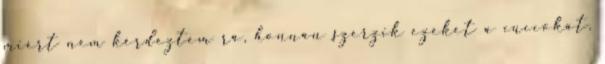
miért nem kérdeztem rá, honnan szerzik ezeket a cuccokat.